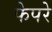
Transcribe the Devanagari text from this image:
फेपरे